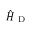
\hat { H } _ { \mathrm { ~ D ~ } }